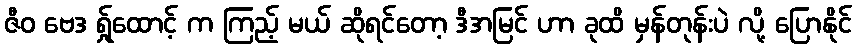
ဇီဝ ဗေဒ ရ်ှုထောင့် က ကြည့် မယ် ဆိုရင်တော့ ဒီအမြင် ဟာ ခုထိ မှန်တုန်းပဲ လို့ ပြောနိုင်